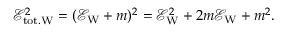
\mathcal { E } _ { \mathrm { t o t . W } } ^ { 2 } = ( \mathcal { E _ { \mathrm { W } } } + m ) ^ { 2 } = \mathcal { E } _ { \mathrm { W } } ^ { 2 } + 2 m \mathcal { E } _ { \mathrm { W } } + m ^ { 2 } .